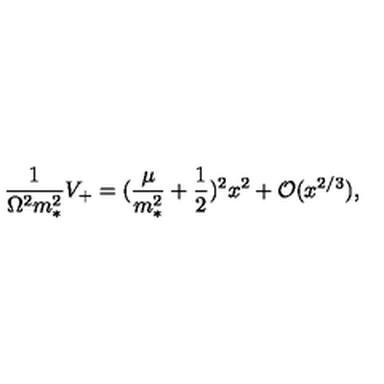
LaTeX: \frac { 1 } { \Omega ^ { 2 } m _ { * } ^ { 2 } } V _ { + } = ( \frac { \mu } { m _ { * } ^ { 2 } } + \frac { 1 } { 2 } ) ^ { 2 } x ^ { 2 } + { \cal O } ( x ^ { 2 / 3 } ) ,